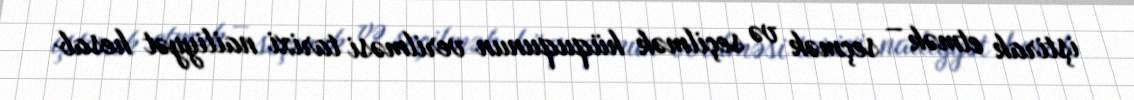
iştirak etmək – seçmək və seçilmək hüququnun verilməsi tarixi nailiyyət hesab